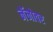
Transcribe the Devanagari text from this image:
नॅनोवर